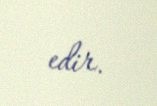
edir.